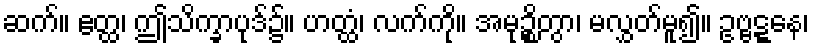
ဆက်။ ဧတ္ထ၊ ဤသိက္ခာပုဒ်၌။ ဟတ္ထံ၊ လက်ကို။ အမုဉ္စိတွာ၊ မလွှတ်မူ၍။ ဥဗ္ဗဋ္ဋနေ၊